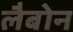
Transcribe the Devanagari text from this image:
लैबोन